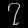
Digit: ၇